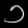
Digit: ၁